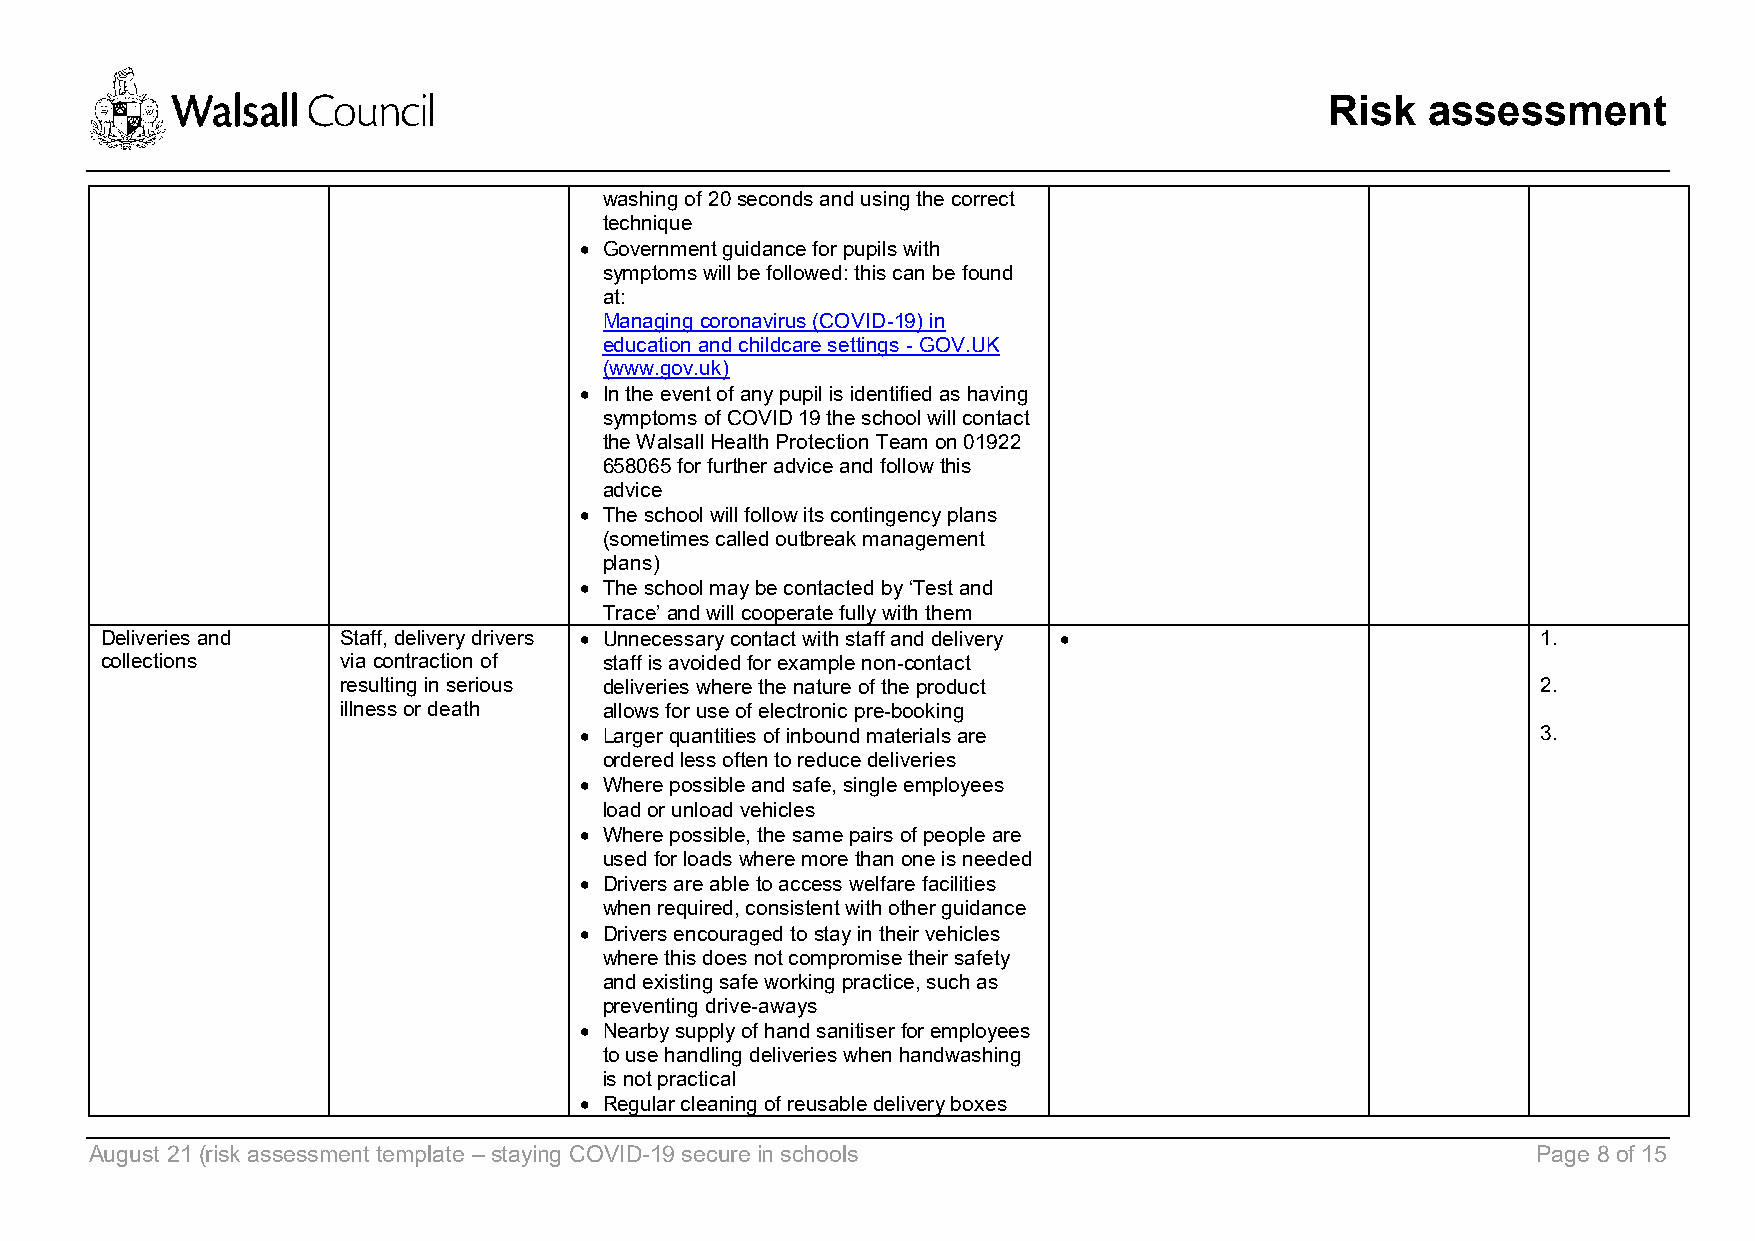
Risk  assessment
 washing of 20 seconds and using the correct
 technique
 • Government guidance for pupils with
 symptoms will be followed: this can be found
 at:
 Managing coronavirus (COVID-19) in
 education and childcare settings - GOV.UK
 (www.gov.uk)
 • In the event of any pupil is identified as having
 symptoms of COVID 19 the school will contact
 the Walsall Health Protection Team on 01922
 658065 for further advice and follow this
 advice
 • The school will follow its contingency plans
 (sometimes called outbreak management
 plans)
 • The school may be contacted by ‘Test and
 Trace’ and will cooperate fully with them
 Deliveries and  Staff, delivery drivers • Unnecessary contact with staff and delivery •        1.
 collections     via contraction of staff is avoided for example non-contact
 resulting in serious deliveries where the nature of the product                2.
 illness or death allows for use of electronic pre-booking
 • Larger quantities of inbound materials are                    3.
 ordered less often to reduce deliveries
 • Where possible and safe, single employees
 load or unload vehicles
 • Where possible, the same pairs of people are
 used for loads where more than one is needed
 • Drivers are able to access welfare facilities
 when required, consistent with other guidance
 • Drivers encouraged to stay in their vehicles
 where this does not compromise their safety
 and existing safe working practice, such as
 preventing drive-aways
 • Nearby supply of hand sanitiser for employees
 to use handling deliveries when handwashing
 is not practical
 • Regular cleaning of reusable delivery boxes
 August 21 (risk assessment template – staying COVID-19 secure in schools                        Page 8 of 15